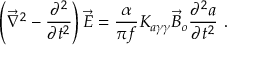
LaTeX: \left( \vec { \nabla } ^ { 2 } - \frac { \partial ^ { 2 } } { \partial t ^ { 2 } } \right) \vec { E } = \frac { \alpha } { \pi f } K _ { a \gamma \gamma } \vec { B } _ { o } \frac { \partial ^ { 2 } a } { \partial t ^ { 2 } } ~ .